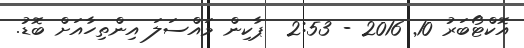
އޮކްޓޯބަރު 10